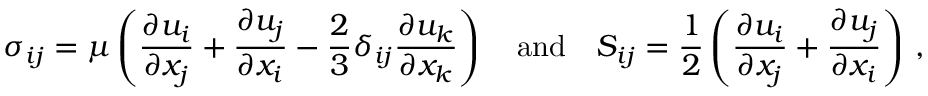
\sigma _ { i j } = \mu \left( \frac { \partial u _ { i } } { \partial x _ { j } } + \frac { \partial u _ { j } } { \partial x _ { i } } - \frac { 2 } { 3 } \delta _ { i j } \frac { \partial u _ { k } } { \partial x _ { k } } \right) \quad \mathrm { a n d } \quad S _ { i j } = \frac { 1 } { 2 } \left( \frac { \partial u _ { i } } { \partial x _ { j } } + \frac { \partial u _ { j } } { \partial x _ { i } } \right) \, ,